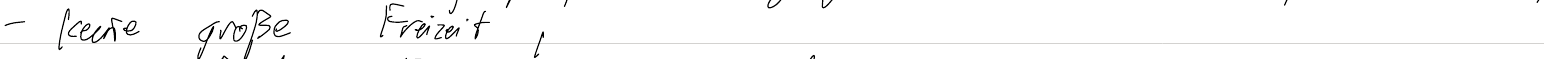
- keine große Freizeit